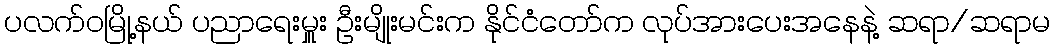
ပလက်ဝမြို့နယ် ပညာရေးမှူး ဦးမျိုးမင်းက နိုင်ငံတော်က လုပ်အားပေးအနေနဲ့ ဆရာ/ဆရာမ